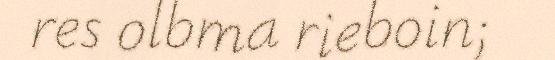
res olbma rieboin;